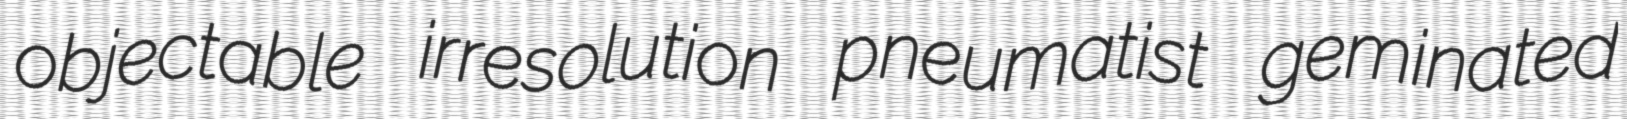
objectable irresolution pneumatist geminated